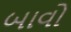
બાવો